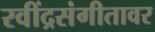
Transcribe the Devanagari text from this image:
रवींद्रसंगीतावर